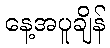
နေ့အပူချိန်